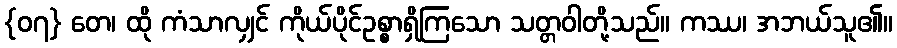
{၀၇} တေ၊ ထို ကံသာလျှင် ကိုယ်ပိုင်ဥစ္စာရှိကြသော သတ္တဝါတို့သည်။ ကဿ၊ အဘယ်သူ၏။